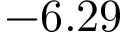
- 6 . 2 9